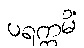
ပရက္ကမိံ